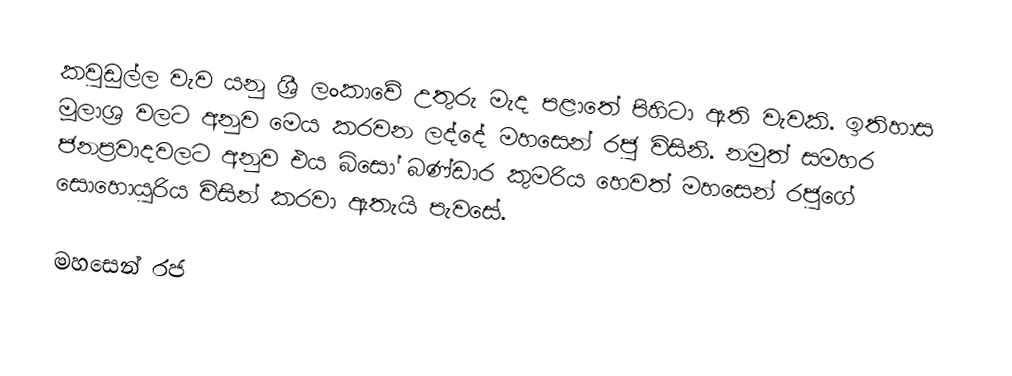
කවුඩුල්ල වැව යනු ශ්‍රී ලංකාවේ උතුරු මැද පළාතේ පිහිටා ඇති වැවකි. ඉතිහාස මූලාශ්‍ර වලට අනුව මෙය කරවන ලද්දේ මහසෙන් රජු විසිනි. නමුත් සමහර ජනප්‍රවාදවලට අනුව එය බිසෝ බණ්ඩාර කුමරිය හෙවත් මහසෙන් රජුගේ සොහොයුරිය විසින් කරවා ඇතැයි පැවසේ.

මහසෙන් රජ